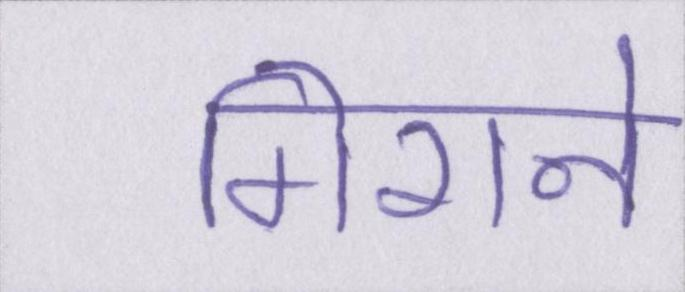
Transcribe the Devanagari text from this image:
गिराने